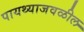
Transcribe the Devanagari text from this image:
पायथ्याजवळील